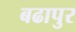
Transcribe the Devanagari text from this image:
बढापुर